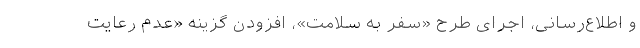
و اطلاع‌رسانی، اجرای طرح «سفر به سلامت»، افزودن گزینه «عدم رعایت